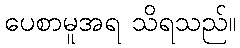
ပေစာမူအရ သိရသည်။